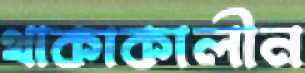
থাকাকালীন